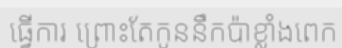
ធ្វើការ ព្រោះតែកូននឹកប៉ាខ្លាំងពេក